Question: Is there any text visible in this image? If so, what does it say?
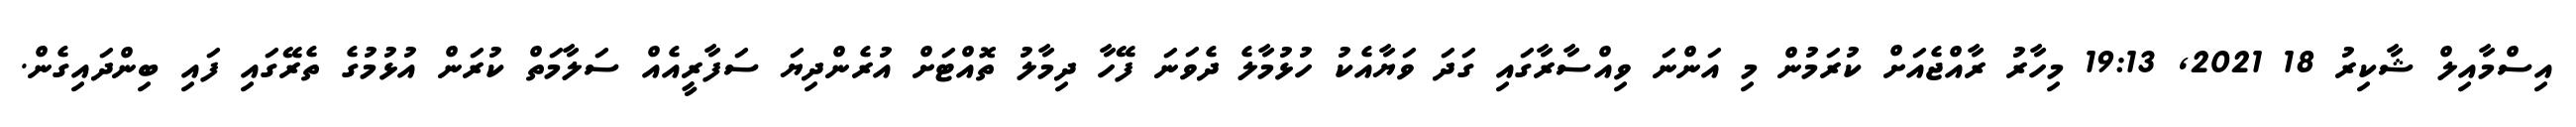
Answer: އިސްމާއިލް ޝާކިރު 18 2021, 19:13 މިހާރު ރާއްޖެއަށް ކުރަމުން މި އަންނަ ވިއްސާރާގައި ގަދަ ވަޔާއެކު ހުޅުމާލެ ދެވަނަ ފޭހާ ދިމާލު ތޮއްޓަށް އުރެންދިޔަ ސަފާރީއެއް ސަލާމަތް ކުރަން އުޅުމުގެ ތެރޭގައި ފައި ބިންދައިގެން.